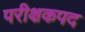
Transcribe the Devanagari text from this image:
परीक्षकपद